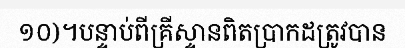
១០)។បន្ទាប់ពីគ្រីស្ទានពិតប្រាកដត្រូវបាន